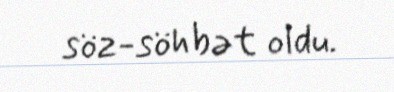
söz-söhbət oldu.